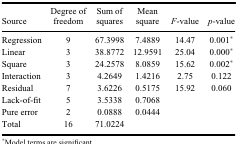
<table><thead><tr><td><b>Source</b></td><td><b>Degree of freedom</b></td><td><b>Sum of squares</b></td><td><b>Mean square</b></td><td><b><i>F</i>-value</b></td><td><b><i>p</i>-value</b></td></tr></thead><tbody><tr><td>Regression</td><td>9</td><td>67.3998</td><td>7.4889</td><td>14.47</td><td>0.001*</td></tr><tr><td>Linear</td><td>3</td><td>38.8772</td><td>12.9591</td><td>25.04</td><td>0.000*</td></tr><tr><td>Square</td><td>3</td><td>24.2578</td><td>8.0859</td><td>15.62</td><td>0.002*</td></tr><tr><td>Interaction</td><td>3</td><td>4.2649</td><td>1.4216</td><td>2.75</td><td>0.122</td></tr><tr><td>Residual</td><td>7</td><td>3.6226</td><td>0.5175</td><td>15.92</td><td>0.060</td></tr><tr><td>Lack-of-fit</td><td>5</td><td>3.5338</td><td>0.7068</td><td> </td><td> </td></tr><tr><td>Pure error</td><td>2</td><td>0.0888</td><td>0.0444</td><td> </td><td> </td></tr><tr><td>Total</td><td>16</td><td>71.0224</td><td> </td><td> </td><td> </td></tr></tbody></table>